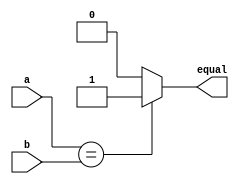
module compare(equal , a, b );
	parameter size = 1 ;
	output equal ;
	input [size-1:0] a , b ;

	assign equal = ( a == b ) ? 1 :0 ;
endmodule